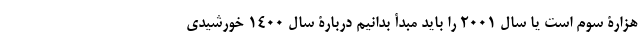
هزارۀ سوم است یا سال 2001 را باید مبدأ بدانیم دربارۀ سال 1400 خورشیدی